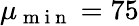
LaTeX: \mu_{\mathrm{~m~i~n~}}=75